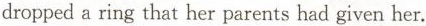
dropped a ring that her parents had given her.